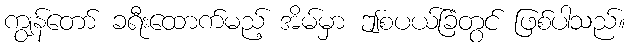
ကျွန်တော် ခရီးထောက်မည့် အိမ်မှာ ဤစပယ်ခြံတွင် ဖြစ်ပါသည်။